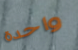
واحدة